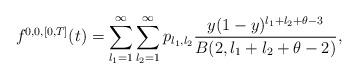
LaTeX: \begin{align*}f^{0,0,[0,T]}(t) = \sum_{l_1 = 1}^\infty \sum_{l_2 = 1}^\infty p_{l_1,l_2} \frac{y(1-y)^{l_1+l_2+\theta-3}}{B(2,l_1+l_2+\theta-2)},\end{align*}